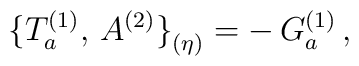
\bigl\{T_a^{(1)},\,A^{(2)}\bigr\}_{(\eta)}=-\,G_a^{(1)}\,,